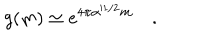
LaTeX: g ( m ) \simeq e ^ { 4 \pi \alpha ^ { \prime 1 / 2 } m } \quad .